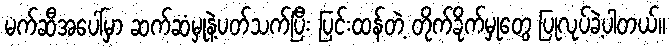
မက်ဆီအပေါ်မှာ ဆက်ဆံမှုနဲ့ပတ်သက်ပြီး ပြင်းထန်တဲ့ တိုက်ခိုက်မှုတွေ ပြုလုပ်ခဲ့ပါတယ်။